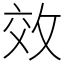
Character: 效